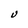
Character: U